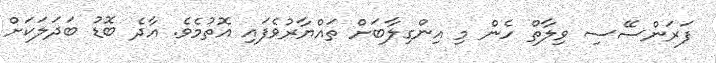
ފަރަންސޭސި ވިލާތް ހެން މި އިންގިލާބަށް ތައްޔާރުވެފައި އޮތުމެވެ. އާދެ ބޮޑު ބަދަލަކަށް